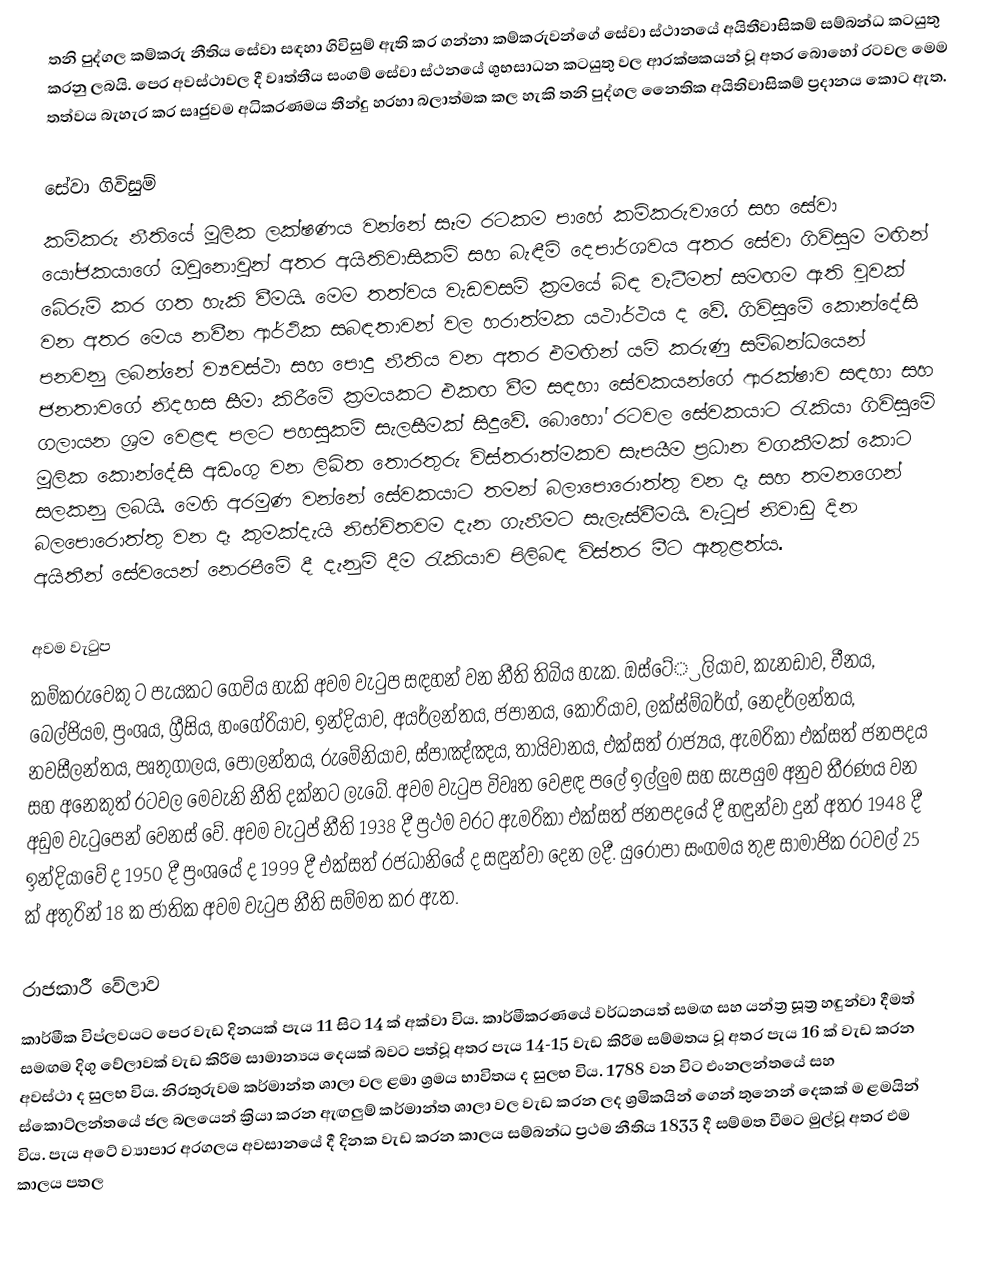
තනි පුද්ගල කම්කරු නීතිය සේවා සඳහා ගිවිසුම් ඇති කර ගන්නා කම්කරුවන්ගේ සේවා ස්ථානයේ  අයිතීවාසිකම් සම්බන්ධ කටයුතු කරනු ලබයි. පෙර අවස්ථාවල දී වෘත්තීය සංගම් සේවා ස්ථනයේ ශුභසාධන කටයුතු වල ආරක්ෂකයන් වූ අතර බොහෝ රටවල මෙම තත්වය බැහැර කර සෘජුවම අධිකරණමය තීන්දු හරහා බලාත්මක කල හැකි තනි පුද්ගල නෛතික අයිතිවාසිකම් ප්‍රදානය කොට ඇත.

සේවා ගිවිසුම්
කම්කරු නීතියේ මූලික ලක්ෂණය වන්නේ සෑම රටකම පාහේ කම්කරුවාගේ සහ සේවා යෝජකයාගේ ඔවුනොවුන් අතර අයිතිවාසිකම් සහ බැඳීම් දෙපාර්ශවය අතර සේවා ගිවිසුම මඟින් බේරුම් කර ගත හැකි වීමයි. මෙම තත්වය වැඩවසම් ක්‍රමයේ බිඳ වැටීමත් සමඟම ඇති වූවක් වන අතර මෙය නවීන ආර්ථික සබඳතාවන් වල හරාත්මක යථාර්ථය ද වේ. ගිවිසුමේ කොන්දේසි පනවනු ලබන්නේ ව්‍යවස්ථා සහ පොදු නීතිය වන අතර එමඟින් යම් කරුණු සම්බන්ධයෙන් ජනතාවගේ නිදහස සීමා කිරීමේ ක්‍රමයකට එකඟ වීම සඳහා සේවකයන්ගේ ආරක්ෂාව සඳහා සහ ගලායන ශ්‍රම වෙළඳ පලට පහසුකම් සැලසීමක් සිදුවේ.  බොහෝ රටවල සේවකයාට රැකියා ගිවිසුමේ මූලික කොන්දේසි අඩංගු වන ලිඛිත තොරතුරු විස්තරාත්මකව සැපයීම ප්‍රධාන වගකීමක් කොට සලකනු ලබයි. මෙහි අරමුණ වන්නේ සේවකයාට තමන් බලාපොරොත්තු වන දෑ සහ තමනගෙන් බලපොරොත්තු වන දෑ කුමක්දැයි නිභ්චිතවම දැන ගැනීමට සැලැස්වීමයි. වැටුප් නිවාඩු දින අයිතීන් සේවයෙන් නෙරපීමේ දී දැනුම් දීම රැකියාව පිලිබඳ විස්තර මීට ඇතුළත්ය.

අවම වැටුප
කම්කරුවෙකු ට පැයකට ගෙවිය හැකි අවම වැටුප සඳහන් වන නීති තිබිය හැක. ඔස්ටේ්‍රලියාව,  කැනඩාව, චීනය, බෙල්ජියම, ප්‍රංශය, ග්‍රීසිය, හංගේරියාව, ඉන්දියාව, අයර්ලන්තය, ජපානය, කොරියාව, ලක්ස්ම්බර්ග්, නෙදර්ලන්තය, නවසීලන්තය, පෘතුගාලය, පෝලන්තය, රුමේනියාව, ස්පාඤ්ඤය, තායිවානය, එක්සත් රාජ්‍යය, ඇමරිකා එක්සත් ජනපදය සහ අනෙකුත් රටවල මෙවැනි නීති දක්නට ලැබේ. අවම වැටුප විවෘත වෙළඳ පලේ ඉල්ලුම සහ සැපයුම අනුව තීරණය වන අඩුම වැටුපෙන් වෙනස් වේ. අවම වැටුප් නීති 1938 දී ප්‍රථම වරට ඇමරිකා එක්සත් ජනපදයේ දී හඳුන්වා දුන් අතර 1948 දී ඉන්දියාවේ ද 1950 දී ප්‍රංශයේ ද 1999 දී එක්සත් රජධානියේ ද සඳුන්වා දෙන ලදී. යුරෝපා සංගමය තුළ සාමාජික රටවල් 25 ක් අතුරින් 18 ක ජාතික අවම වැටුප නීති සම්මත කර ඇත.

රාජකාරී වේලාව
කාර්මීක විප්ලවයට පෙර වැඩ දිනයක් පැය 11 සිට 14 ක් අක්වා විය. කාර්මීකරණයේ වර්ධනයත් සමඟ සහ යන්ත්‍ර සූත්‍ර හඳුන්වා දීමත් සමඟම දිගු වේලාවක් වැඩ කිරීම සාමාන්‍යය දෙයක් බවට පත්වූ අතර පැය 14-15 වැඩ කිරීම සම්මතය වූ අතර පැය 16 ක් වැඩ කරන අවස්ථා ද සුලභ විය. නිරතුරුවම කර්මාන්ත ශාලා වල ළමා ශ්‍රමය භාවිතය ද සුලභ විය. 1788 වන විට එංනලන්තයේ සහ ස්කොට්ලන්තයේ ජල බලයෙන් ක්‍රියා කරන ඇඟලුම් කර්මාන්ත ශාලා වල වැඩ කරන ලද ශ්‍රමිකයින් ගෙන් තුනෙන් දෙකක් ම ළමයින් විය. පැය අටේ ව්‍යාපාර අරගලය අවසානයේ දී දිනක වැඩ කරන කාලය සම්බන්ධ ප්‍රථම නීතිය 1833 දී සම්මත වීමට මුල්වූ අතර එම කාලය පතල